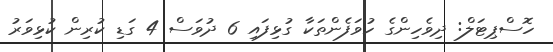
ހޮސްޕިޓަލް: ދިވެހިންގެ ހުވަފެންތަކާ ގުޅިފައި 6 ދުވަސް 4 ގަޑި ކުރިން ކުޅިވަރު